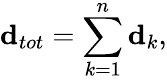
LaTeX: {\mathbf d}_{tot}=\sum_{k=1}^{n}{\mathbf d}_{k},